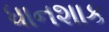
ધાનશાક